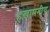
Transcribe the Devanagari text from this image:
हखामनीय